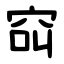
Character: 䆗